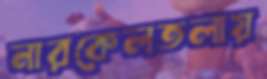
নারকেলতলায়